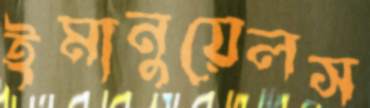
ইমানুয়েলস